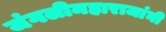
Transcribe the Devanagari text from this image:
जंगलीमहाराजांनी